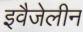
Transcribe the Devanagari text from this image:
इवैजेलीन